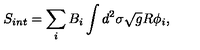
S _ { i n t } = \sum _ { i } B _ { i } \int d ^ { 2 } \sigma \sqrt { g } R \phi _ { i } ,